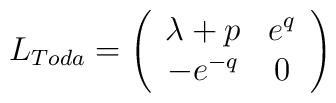
L_{Toda}=\left(\begin{array}{cc}\lambda+p&e^q\\-e^{-q}&0\end{array}\right)